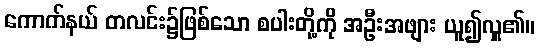
ကောက်နယ် တလင်း၌ဖြစ်သော စပါးတို့ကို အဦးအဖျား ယူ၍လှူ၏။